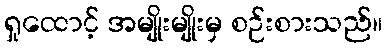
ရှုထောင့် အမျိုးမျိုးမှ စဉ်းစားသည်။